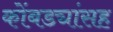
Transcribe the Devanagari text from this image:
कोंबड्यांसह